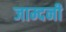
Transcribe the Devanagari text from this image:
जाम्दनी